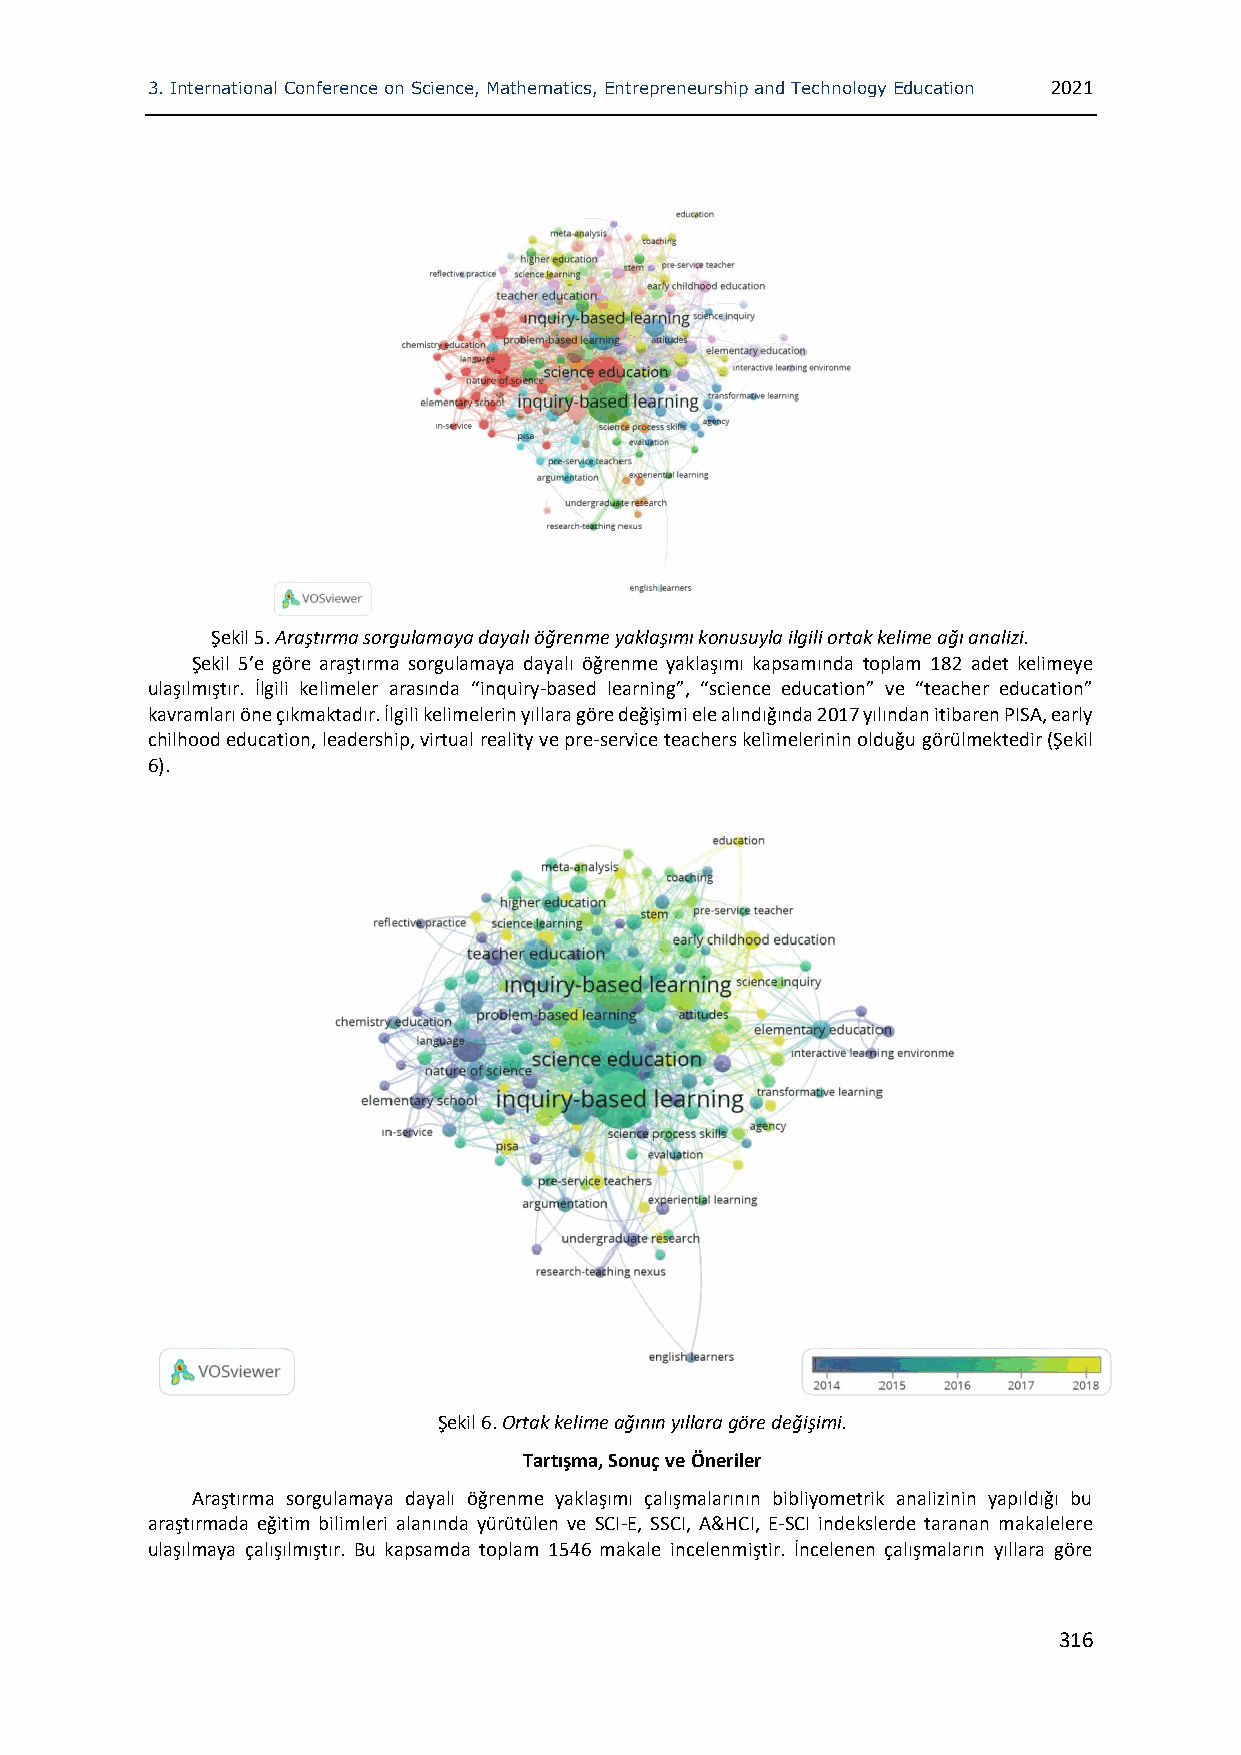
3. International Conference on Science, Mathematics, Entrepreneurship and Technology Education 2021
 Şekil 5. Araştırma sorgulamaya dayalı öğrenme yaklaşımı konusuyla ilgili ortak kelime ağı analizi.
 Şekil 5’e göre araştırma sorgulamaya dayalı öğrenme yaklaşımı kapsamında toplam 182 adet kelimeye
 ulaşılmıştır. İlgili kelimeler arasında “inquiry-based learning”, “science education” ve “teacher education”
 kavramları öne çıkmaktadır. İlgili kelimelerin yıllara göre değişimi ele alındığında 2017 yılından itibaren PISA, early
 chilhood education, leadership, virtual reality ve pre-service teachers kelimelerinin olduğu görülmektedir (Şekil
 6).
 Şekil 6. Ortak kelime ağının yıllara göre değişimi.
 Tartışma, Sonuç ve Öneriler
 Araştırma sorgulamaya dayalı öğrenme yaklaşımı çalışmalarının bibliyometrik analizinin yapıldığı bu
 araştırmada eğitim bilimleri alanında yürütülen ve SCI-E, SSCI, A&HCI, E-SCI indekslerde taranan makalelere
 ulaşılmaya çalışılmıştır. Bu kapsamda toplam 1546 makale incelenmiştir. İncelenen çalışmaların yıllara göre
 316